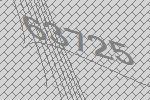
63725